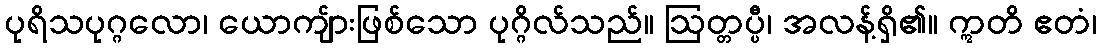
ပုရိသပုဂ္ဂလော၊ ယောကျ်ားဖြစ်သော ပုဂ္ဂိလ်သည်။ ဩတ္တပ္ပီ၊ အလန့်ရှိ၏။ ဣတိ ဧတံ၊